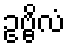
ဥဗ္ဗိလံ